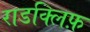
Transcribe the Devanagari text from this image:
राडक्लिफ़